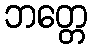
ဘတ္တေ